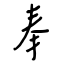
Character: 奉